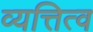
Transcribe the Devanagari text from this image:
व्यत्तित्व